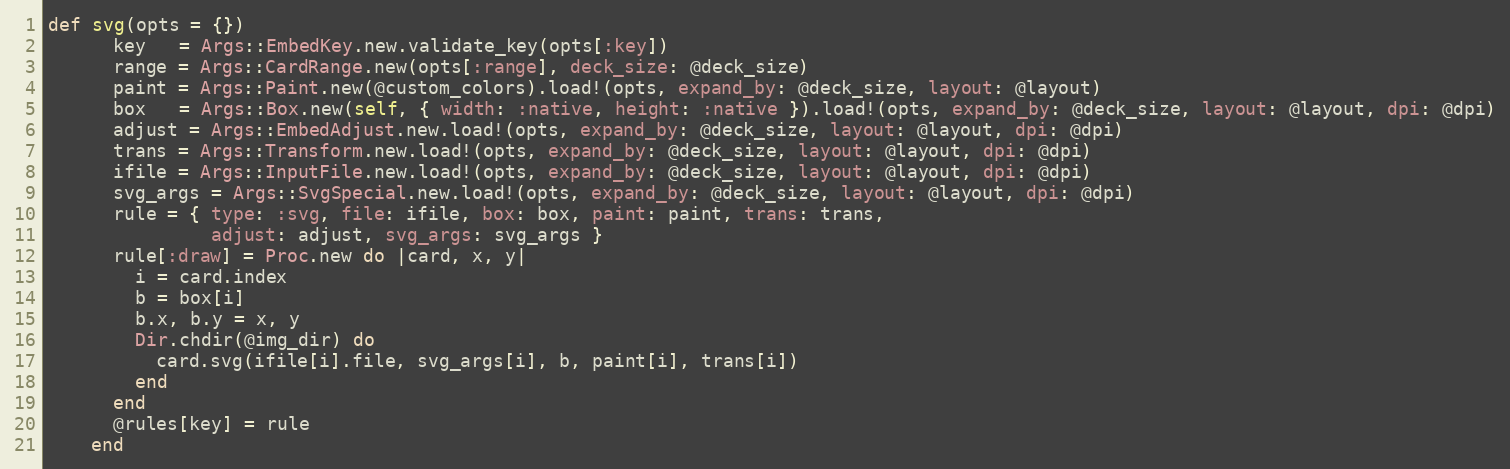
Language: Ruby
def svg(opts = {})
      key   = Args::EmbedKey.new.validate_key(opts[:key])
      range = Args::CardRange.new(opts[:range], deck_size: @deck_size)
      paint = Args::Paint.new(@custom_colors).load!(opts, expand_by: @deck_size, layout: @layout)
      box   = Args::Box.new(self, { width: :native, height: :native }).load!(opts, expand_by: @deck_size, layout: @layout, dpi: @dpi)
      adjust = Args::EmbedAdjust.new.load!(opts, expand_by: @deck_size, layout: @layout, dpi: @dpi)
      trans = Args::Transform.new.load!(opts, expand_by: @deck_size, layout: @layout, dpi: @dpi)
      ifile = Args::InputFile.new.load!(opts, expand_by: @deck_size, layout: @layout, dpi: @dpi)
      svg_args = Args::SvgSpecial.new.load!(opts, expand_by: @deck_size, layout: @layout, dpi: @dpi)
      rule = { type: :svg, file: ifile, box: box, paint: paint, trans: trans,
               adjust: adjust, svg_args: svg_args }
      rule[:draw] = Proc.new do |card, x, y|
        i = card.index
        b = box[i]
        b.x, b.y = x, y
        Dir.chdir(@img_dir) do
          card.svg(ifile[i].file, svg_args[i], b, paint[i], trans[i])
        end
      end
      @rules[key] = rule
    end